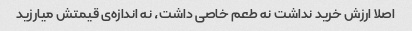
اصلا ارزش خرید نداشت نه طعم خاصی داشت، نه اندازه‌ی قیمتش میارزید